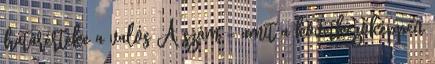
határértéke a valós A szám – amit a következőképpen